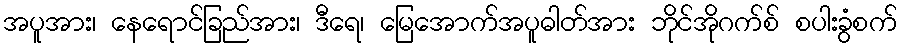
အပူအား၊ နေရောင်ခြည်အား၊ ဒီရေ၊ မြေအောက်အပူဓါတ်အား ဘိုင်အိုဂက်စ် စပါးခွံစက်